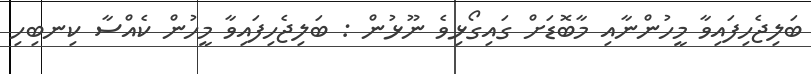
ބަލިޖެހިފައިވާ މީހުންނާއި މާބޮޑަށް ގައިގޯޅިވެ ނޫޅުން : ބަލިޖެހިފައިވާ މީހުން ކެއްސާ ކިނބިހި